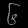
Digit: ၆